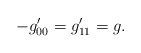
\begin{align*}-g^{\prime}_{00}=g^{\prime}_{11}=g.\end{align*}